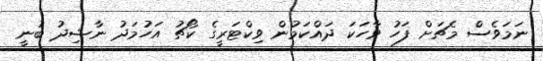
ނަމަވެސް މެޗަށް ފަހު ވާހަކަ ދައްކަމުން ވިކްޓަރީގެ ކޯޗު އަހުމަދު ނާޝިދު ބުނީ